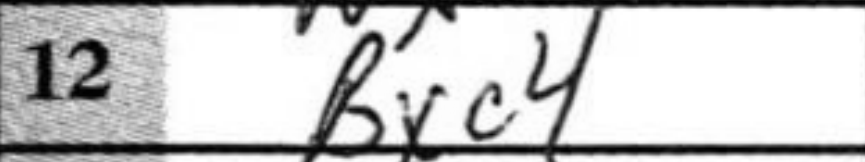
Transcription: Bxc4